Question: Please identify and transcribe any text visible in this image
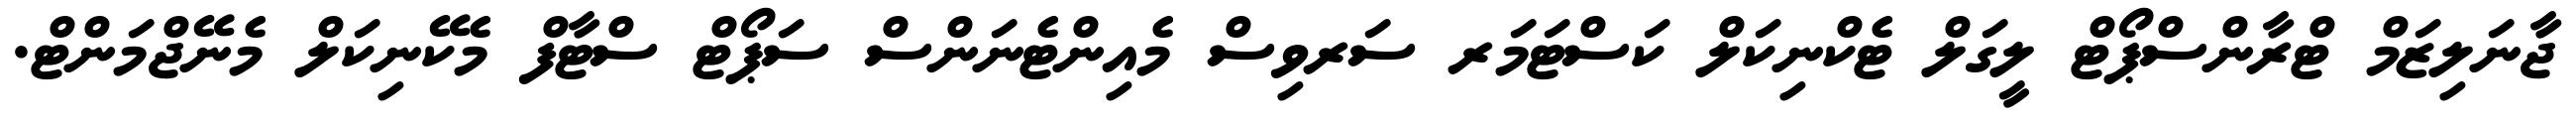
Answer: ޖާނަލިޒަމް ޓްރާންސްޕޯޓް ލީގަލް ޓެކްނިކަލް ކަސްޓަމަރ ސަރވިސް މެއިންޓެނަންސް ސަޕޯޓް ސްޓާފް މެކޭނިކަލް މެނޭޖްމަންޓް.